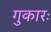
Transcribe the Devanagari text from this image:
गुकारः